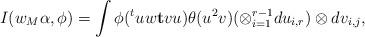
LaTeX: \begin{align*}I(w_M\alpha,\phi)=\int \phi({}^tuw\mathbf{t}vu)\theta(u^2v)(\otimes_{i=1}^{r-1} du_{i,r})\otimes dv_{i,j},\end{align*}